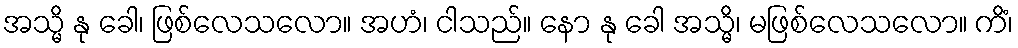
အသ္မိ နု ခေါ၊ ဖြစ်လေသလော။ အဟံ၊ ငါသည်။ နော နု ခေါ အသ္မိ၊ မဖြစ်လေသလော။ ကိံ၊